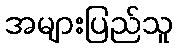
အများပြည်သူ